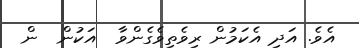
އެވެ. އަދި އެކަމުން ރިވެތިވެގެންވާ  އަކުން  ން